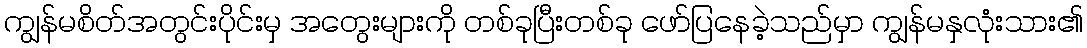
ကျွန်မစိတ်အတွင်းပိုင်းမှ အတွေးများကို တစ်ခုပြီးတစ်ခု ဖော်ပြနေခဲ့သည်မှာ ကျွန်မနှလုံးသား၏